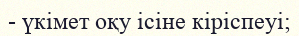
- үкімет оқу ісіне кіріспеуі;